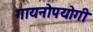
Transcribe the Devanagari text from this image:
गायनोपयोगी